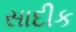
સાદીક